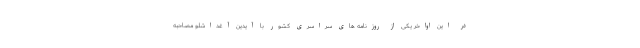
در این اواخر یکی از روزنامه های سراسری کشور با آیدین آغداشلو مصاحبه